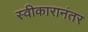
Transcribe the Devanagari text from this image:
स्वीकारानंतर